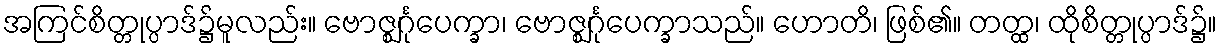
အကြင်စိတ္တုပ္ပာဒ်၌မူလည်း။ ဗောဇ္ဈင်္ဂုပေက္ခာ၊ ဗောဇ္ဈင်္ဂုပေက္ခာသည်။ ဟောတိ၊ ဖြစ်၏။ တတ္ထ၊ ထိုစိတ္တုပ္ပာဒ်၌။